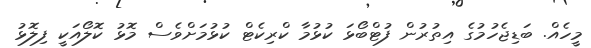
މީހެއް. ބަޑިޖެހުމުގެ އިތުރުން ފުޓްބޯޅަ ކުޅުމާ ކްރިކެޓް ކުޅުމަށްވެސް މޮޅު ކޮލޯއަކީ ފިލޮޅު